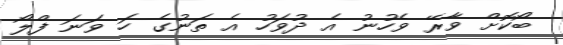
ބޯކޮށް ވާރޭ ވެހުނު އެ ދުވަހު އެ ތަނުގެ ހަ ވަނަ ފްލޯ